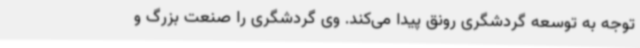
توجه به توسعه گردشگری رونق پیدا می‌کند. وی گردشگری را صنعت بزرگ و